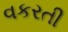
વકરતી